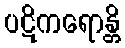
ပဋိကရောန္တိ